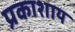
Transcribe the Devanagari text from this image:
प्रकाशाय